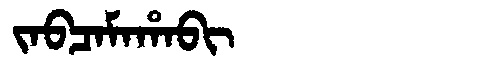
Manchu: ᠵᠠᠪᠴᠠᠮᠠᡥᠠᠪᡳ
Romanization: JABCAMAHABI